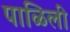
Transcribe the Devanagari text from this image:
पाळिली